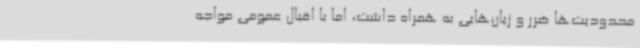
محدودیت‌ها ضرر و زیان‌هایی به همراه داشت، اما با اقبال عمومی مواجه